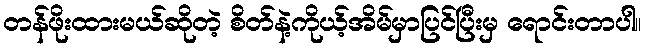
တန်ဖိုးထားမယ်ဆိုတဲ့ စိတ်နဲ့ကိုယ့်အိမ်မှာပြင်ပြီးမှ ရောင်းတာပါ။